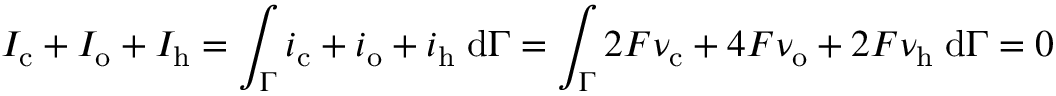
I _ { \mathrm { c } } + I _ { \mathrm { o } } + I _ { \mathrm { h } } = \int _ { \Gamma } i _ { \mathrm { c } } + i _ { \mathrm { o } } + i _ { \mathrm { h } } \; \mathrm { d } \Gamma = \int _ { \Gamma } 2 F \nu _ { \mathrm { c } } + 4 F \nu _ { \mathrm { o } } + 2 F \nu _ { \mathrm { h } } \; \mathrm { d } \Gamma = 0